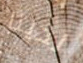
لدينا